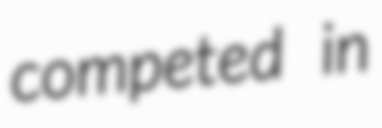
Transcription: competed in